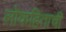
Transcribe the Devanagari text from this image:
लोकहिताची